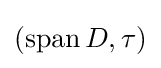
\left(\operatorname {span} D,\tau \right)